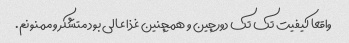
واقعا کیفیت تک تک دورچین و همچنین غذا عالی بود متشکر و ممنونم.